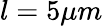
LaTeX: l=5\mu m